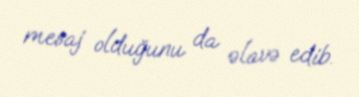
mesaj olduğunu da əlavə edib.